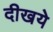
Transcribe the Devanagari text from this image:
दीखये